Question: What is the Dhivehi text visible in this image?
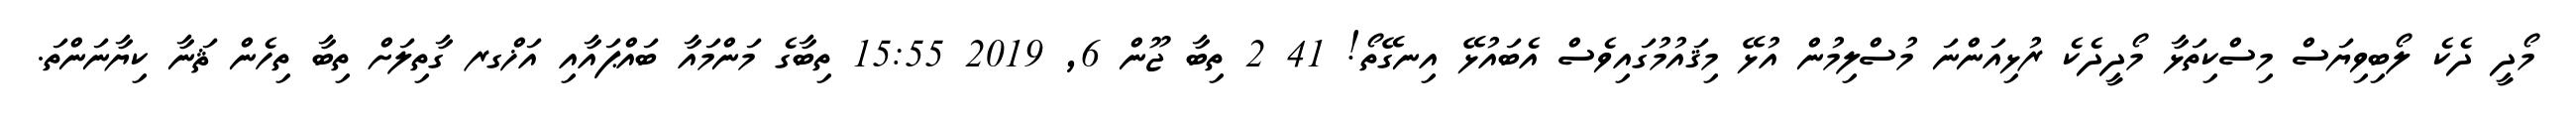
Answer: މޯދީ ދެކެ ލޯބިވިޔަސް މިސްކިތަޅާ މޯދީދެކެ ރުޅިއަންނަ މުސްލިމުން އުޅޭ މިޤައުމުގައިވެސް އެބައުޅޭ އިނގޭތޯ! 41 2 ތިބާ ޖޫން 6, 2019 15:55 ތިބާގެ މަންމައާ ބައްޕައާއި އަޚްގރ ގާތިލަށް ތިބާ ތިހެން ޘަނާ ކިޔާނަންތަ.